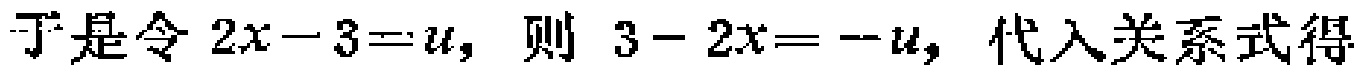
于是令 \(2x - 3 = u\)，则 \(3 - 2x = -u\)，代入关系式得